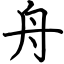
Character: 舟